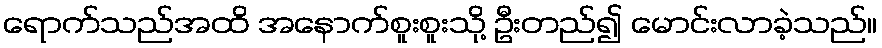
ရောက်သည်အထိ အနောက်စူးစူးသို့ ဦးတည်၍ မောင်းလာခဲ့သည်။